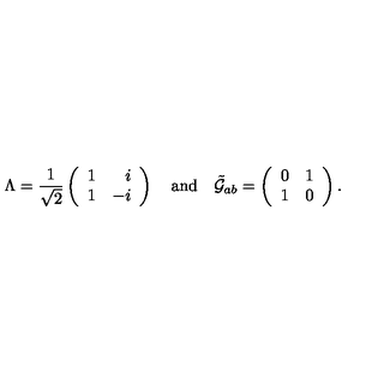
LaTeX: \Lambda = { \frac { 1 } { \sqrt { 2 } } } \left( \begin{array} { r r } { 1 } & { i } \\ { 1 } & { - i } \\ \end{array} \right) \quad \mathrm { { a n d } } \quad \tilde { { \cal G } } _ { a b } = \left( \begin{array} { c c } { 0 } & { 1 } \\ { 1 } & { 0 } \\ \end{array} \right) .